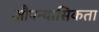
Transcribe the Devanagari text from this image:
औपन्यासिकता